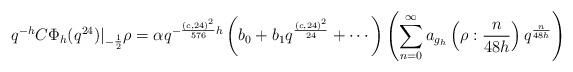
LaTeX: \begin{align*} q^{-h}C\Phi_{h}(q^{24})|_{-\frac{1}{2}}\rho=\alpha q^{-\frac{(c,24)^2}{576}h}\left(b_0+b_1q^{\frac{(c,24)^2}{24}}+\cdots\right)\left(\sum_{n=0}^{\infty} a_{g_h}\left(\rho : \frac{n}{48h}\right)q^{\frac{n}{48h}}\right)\end{align*}